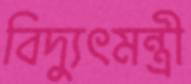
বিদ্যুৎমন্ত্রী